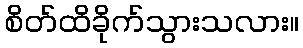
စိတ်ထိခိုက်သွားသလား။